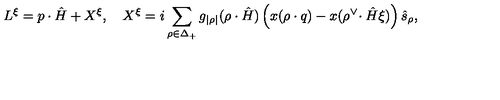
L ^ { \xi } = p \cdot \hat { H } + X ^ { \xi } , \quad X ^ { \xi } = i \sum _ { \rho \in \Delta _ { + } } g _ { | \rho | } ( \rho \cdot \hat { H } ) \left( x ( \rho \cdot q ) - x ( \rho ^ { \vee } \! \cdot \hat { H } \xi ) \right) \hat { s } _ { \rho } ,